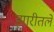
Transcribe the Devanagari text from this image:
झारीतले